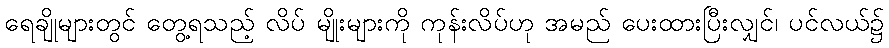
ရေချိုများတွင် တွေ့ရသည့် လိပ် မျိုးများကို ကုန်းလိပ်ဟု အမည် ပေးထားပြီးလျှင်၊ ပင်လယ်၌